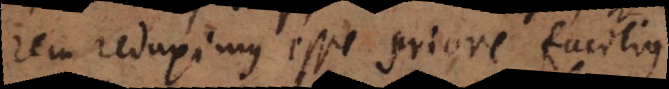
rem reduximus esse priore facilius